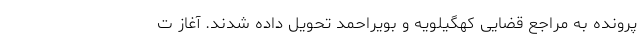
پرونده به مراجع قضایی کهگیلویه و بویراحمد تحویل داده شدند. آغاز ت